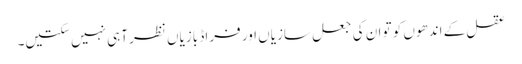
عقل کے اندھوں کو تو ان کی جعل سازیاں اور فراڈ بازیاں نظر آہی نہیں سکتیں۔